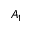
A _ { 1 }